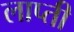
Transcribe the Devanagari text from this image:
लाप्ती